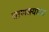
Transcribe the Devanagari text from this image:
चाणक्याला